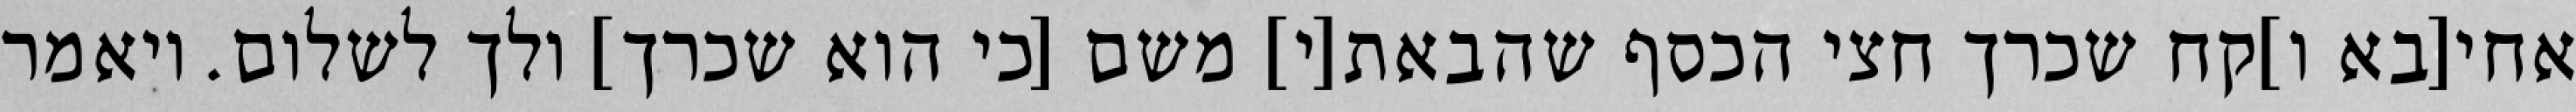
אחי[בא ו]קח שכרך חצי הכסף שהבאת[י] משם [כי הוא שכרך] ולך לשלום. ויאמר